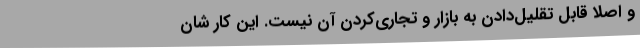
و اصلا قابل تقلیل‌دادن به بازار و تجاری‌کردن آن نیست. این کار شان